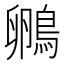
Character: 𮬺